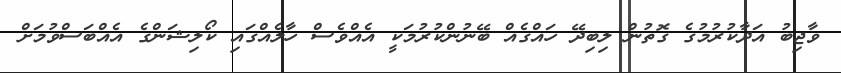
ވާޖިބު އަދާކުރުމުގެ ގޮތުން ލިބިދޭ ހައްގެއް ބޭނުންކުރުމަކީ އެއްވެސް ހާލެއްގައި ކޯލިޝަންގެ އެއްބަސްވުމަށް